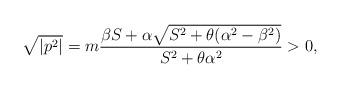
LaTeX: \begin{align*}\sqrt{|p^2|}=m\frac{\beta S+\alpha\sqrt{S^2+\theta(\alpha^2-\beta^2)}}{S^2+\theta\alpha^2}>0,\end{align*}